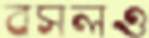
বসলও